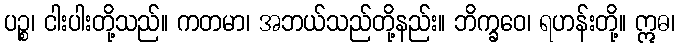
ပဉ္စ၊ ငါးပါးတို့သည်။ ကတမာ၊ အဘယ်သည်တို့နည်း။ ဘိက္ခဝေ၊ ရဟန်းတို့။ ဣဓ၊